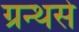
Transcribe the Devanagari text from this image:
ग्रन्थसे